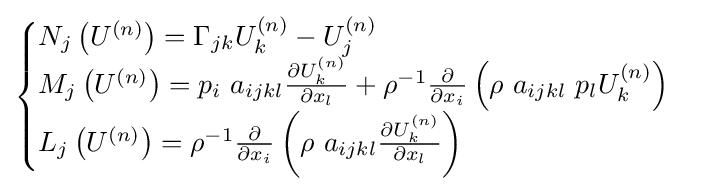
{\begin{cases}N_{j}\left(U^{\left(n\right)}\right)=\Gamma _{jk}U_{k}^{\left(n\right)}-U_{j}^{\left(n\right)}\\M_{j}\left(U^{\left(n\right)}\right)=p_{i}~a_{ijkl}{\frac {\partial U_{k}^{\left(n\right)}}{\partial x_{l}}}+\rho ^{-1}{\frac {\partial }{\partial x_{i}}}\left(\rho ~a_{ijkl}~p_{l}U_{k}^{\left(n\right)}\right)\\L_{j}\left(U^{\left(n\right)}\right)=\rho ^{-1}{\frac {\partial }{\partial x_{i}}}\left(\rho ~a_{ijkl}{\frac {\partial U_{k}^{\left(n\right)}}{\partial x_{l}}}\right)\end{cases}}